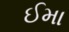
ઈમા